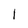
Character: 1